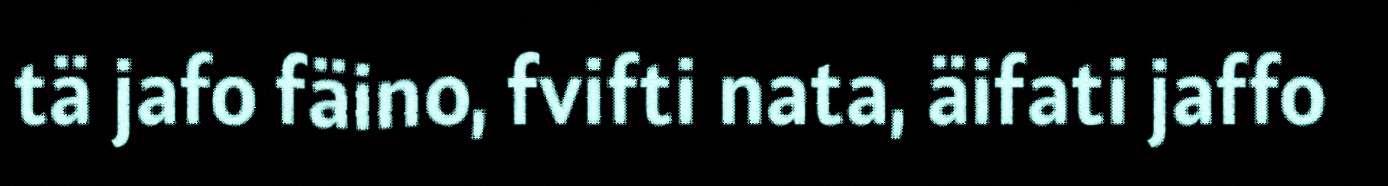
tä jafo fäino, fvifti nata, äifati jaffo